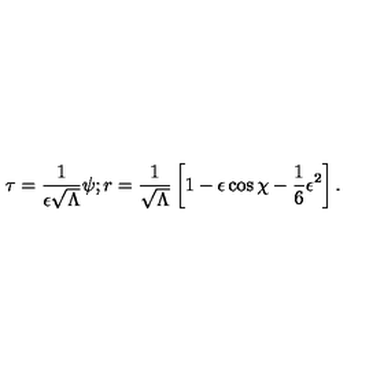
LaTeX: \tau = \frac { 1 } { \epsilon \sqrt { \Lambda } } \psi ; r = \frac { 1 } { \sqrt { \Lambda } } \left[ 1 - \epsilon \cos \chi - \frac { 1 } { 6 } \epsilon ^ { 2 } \right] .